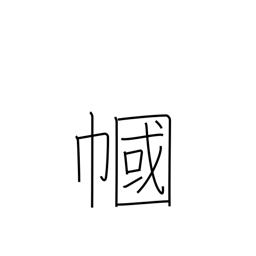
Meaning: veil